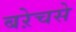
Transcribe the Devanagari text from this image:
बऱेचसे